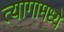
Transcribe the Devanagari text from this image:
त्यागामध्ये